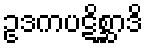
ဥဒကပဋိစ္ဆာဒိ